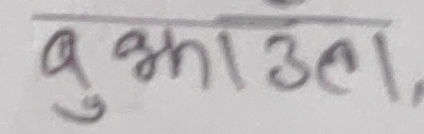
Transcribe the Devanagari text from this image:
बुभाउला